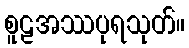
စူဠအဿပုရသုတ်။